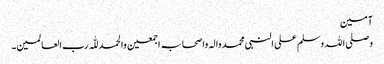
آمین
وصلی اللہ وسلم علی النبی محمد والہ واصحابہ اجمعین والحمد للّٰہ رب العالمین۔